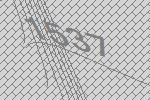
1537